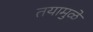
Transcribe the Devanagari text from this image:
तयामुळे